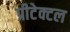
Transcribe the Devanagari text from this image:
प्रीटेक्टल